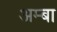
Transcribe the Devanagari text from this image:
अम्‍बा